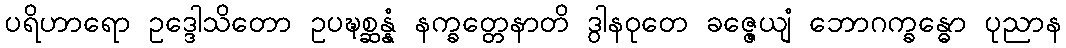
ပရိဟာရော ဥဒ္ဒေါသိတော ဥပဍ္ဎစ္ဆန္နံ နက္ခတ္တေနာတိ ဒွါနဝုတေ ခဇ္ဇေယျံ ဘောဂက္ခန္ဓော ပုညာန